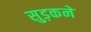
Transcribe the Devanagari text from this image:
सुड़कने